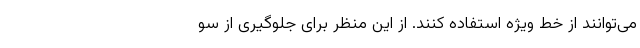
می‌توانند از خط ویژه استفاده کنند. از این منظر برای جلوگیری از سو